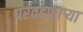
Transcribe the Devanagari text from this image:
परवडणार्‍या